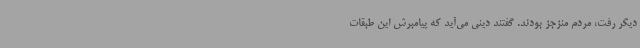
دیگر رفت، مردم منزجز بودند. گفتند دینی می‌آید که پیامبرش این طبقات